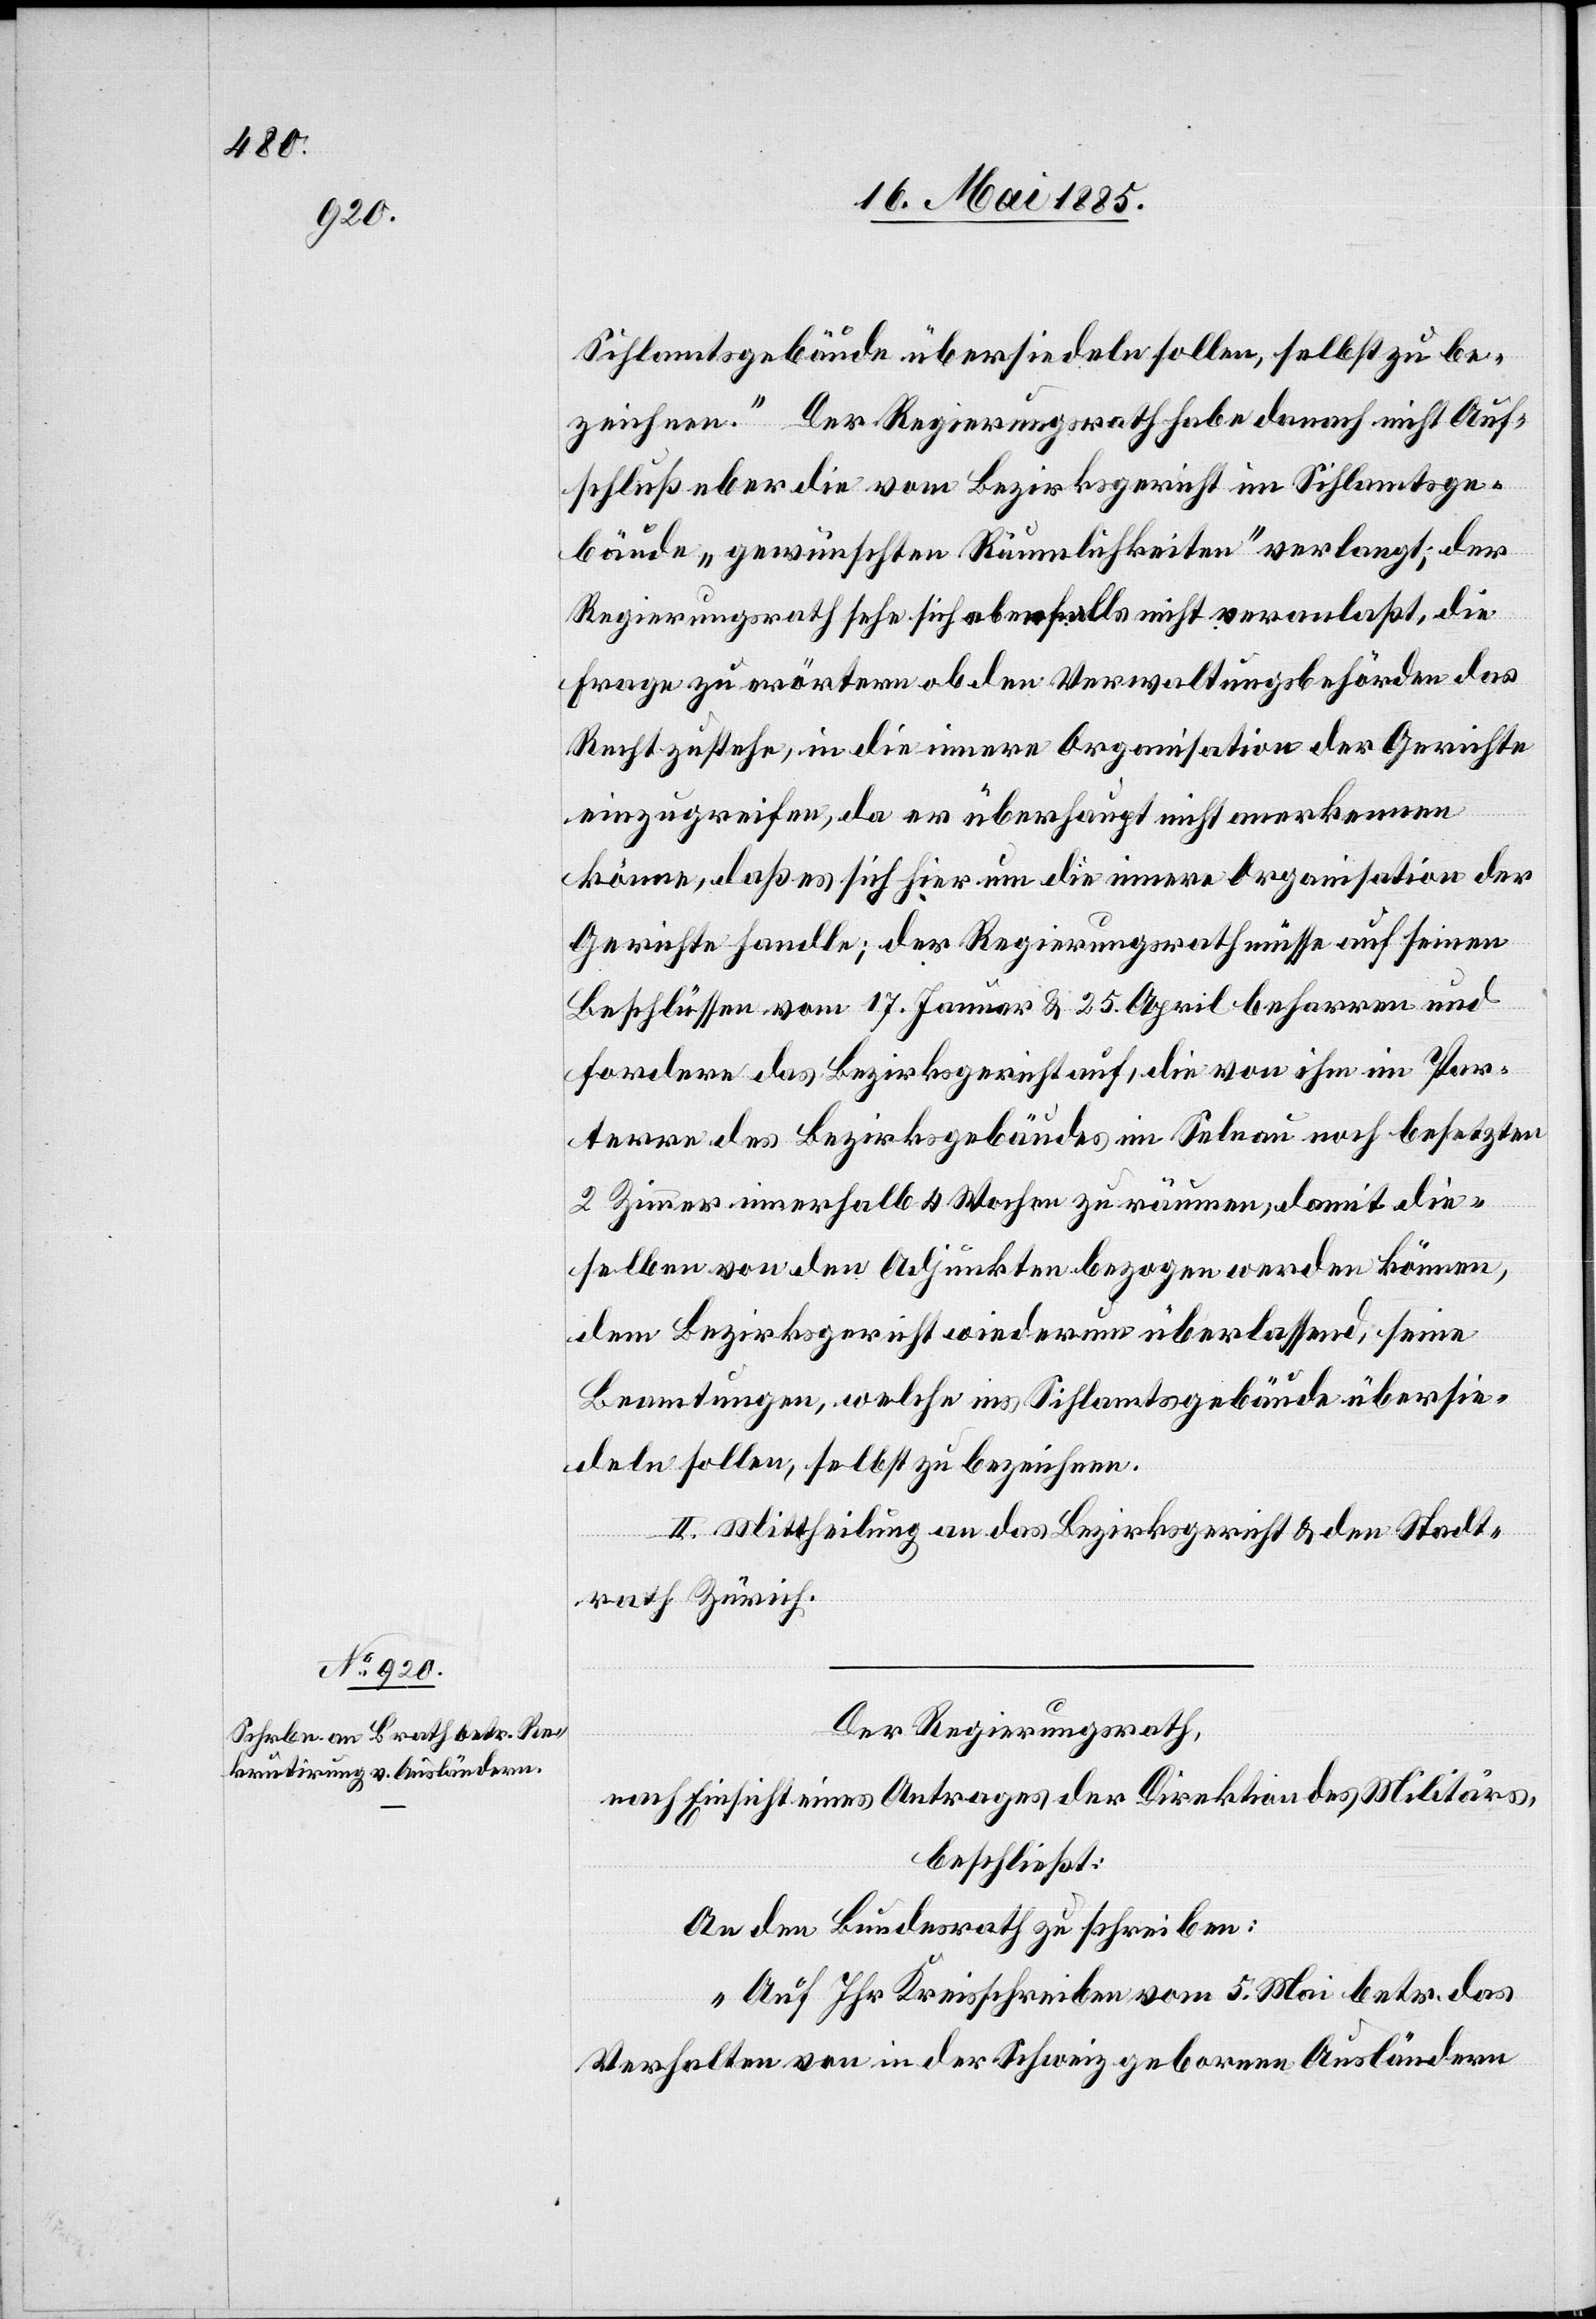
Sihlamtsgebäude übersiedeln sollen, selbst zu be¬
ziehen.“ Der Regierungsrath habe danach nicht Auf¬
schluß über die vom Bezirksgericht im Sihlamtsge¬
bäude „gewünschten Räumlichkeiten“ verlangt, der
Regierungsrath sehe sich ebenfalls nicht veranlaßt, die
Frage zu erörtern ob den Verwaltungsbehörden das
Recht zustehe, in die innere Organisation der Gerichte
einzugreifen, da er überhaupt nicht anerkennen
könne, daß es sich hier um die innere Organisation der
Gerichte handle; der Regierungsrath müsse auf seinen
Beschlüssen vom 17. Januar & 25. April beharren und
fordere das Bezirksgericht auf, die von ihm im Par¬
terre des Bezirksgebäudes im Selnau noch besetzten
2 Zimmer innerhalb 4 Wochen zu räumen, damit die¬
selben von den Adjunkten bezogen werden können,
dem Bezirksgericht wiederum überlassend, seien
Beamtungen, welche ins Sihlamtsgebäude übersie¬
deln sollen, selbst zu bezeichnen.
II. Mittheilung an das Bezirksgericht & den Stadt¬
rath Zürich.
Der Regierungsrath,
nach Einsicht eines Antrages der Direktion des Militärs,
beschließt:
An den Bundesrath zu schreiben:
„Auf Ihr Kreisschreiben vom 5. Mai betr. das
Verhalten von in der Schweiz geborene[n] Ausländern